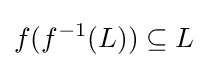
f(f^{-1}(L))\subseteq L